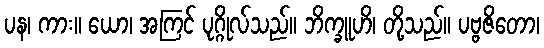
ပန၊ ကား။ ယော၊ အကြင် ပုဂ္ဂိုလ်သည်။ ဘိက္ခူဟိ၊ တို့သည်။ ပဗ္ဗဇိတော၊